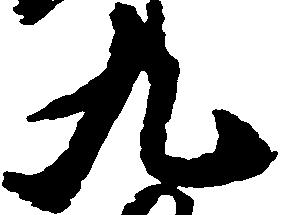
九